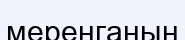
меренганың